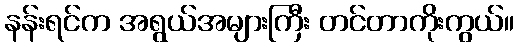
နန်းရင်က အရွယ်အများကြီး တင်တာကိုးကွယ်။